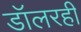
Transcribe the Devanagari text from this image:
डॉलरही